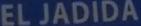
EL JADIDA